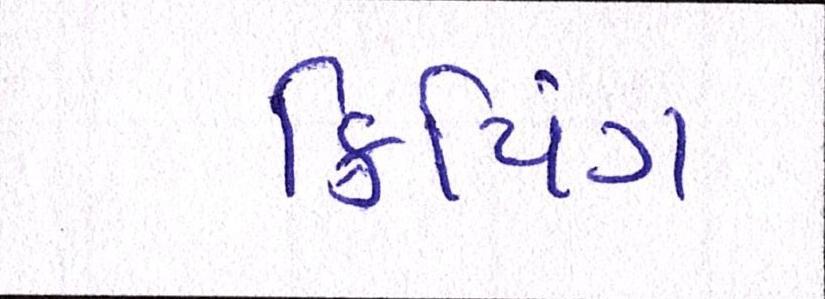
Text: ક્રિપિંગ